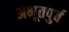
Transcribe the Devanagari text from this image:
अभूतपुर्व